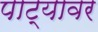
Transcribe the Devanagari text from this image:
पाट्यावर